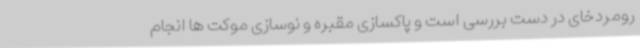
رومردخای در دست بررسی است و پاکسازی مقبره و نوسازی موکت ها انجام